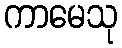
ကာမေသု